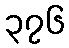
၃၇၆